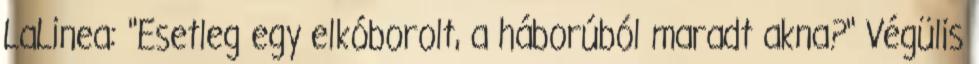
LaLinea: "Esetleg egy elkóborolt, a háborúból maradt akna?" Végülis